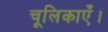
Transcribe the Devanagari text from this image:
चूलिकाएँ।